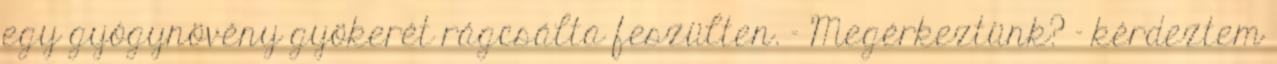
egy gyógynövény gyökerét rágcsálta feszülten. - Megérkeztünk? – kérdeztem